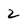
Character: 2